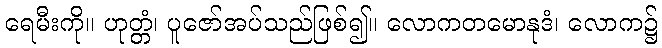
ရေမီးကို။ ဟုတ္တံ၊ ပူဇော်အပ်သည်ဖြစ်၍။ လောကတမောနုဒံ၊ လောက၌